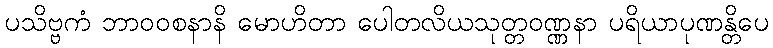
ပသိဗ္ဗကံ ဘာဝဝစနာနိ မောဟိတာ ပေါတလိယသုတ္တဝဏ္ဏနာ ပရိယာပုဏန္တိပေ